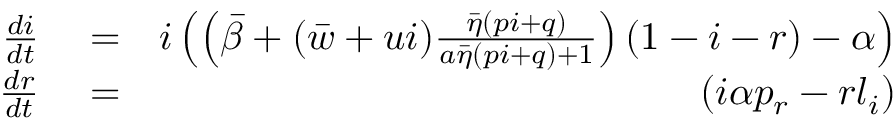
\begin{array} { r l r } { \frac { d i } { d t } } & { { } = } & { i \left( \left( \bar { \beta } + ( { \bar { w } } + { { u } } i ) \frac { \bar { \eta } ( p i + q ) } { a \bar { \eta } ( p i + q ) + 1 } \right) ( 1 - i - r ) - \alpha \right) } \\ { \frac { d r } { d t } } & { { } = } & { \left( i \alpha p _ { r } - r l _ { i } \right) } \end{array}